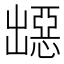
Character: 𭃁